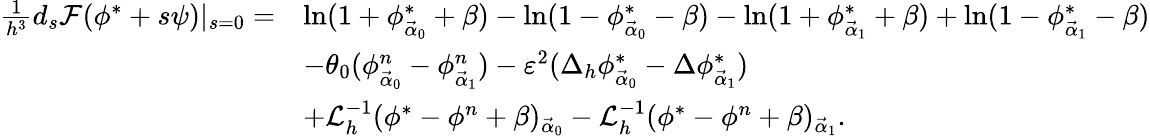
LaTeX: \begin{array}{rl}{\frac{1}{h^{3}}d_{s}\mathcal{F}(\phi^{*}+s\psi)|_{s=0}=}&{\ln(1+\phi_{\vec{\alpha}_{0}}^{*}+\beta)-\ln(1-\phi_{\vec{\alpha}_{0}}^{*}-\beta)-\ln(1+\phi_{\vec{\alpha}_{1}}^{*}+\beta)+\ln(1-\phi_{\vec{\alpha}_{1}}^{*}-\beta)}\\ &{-\theta_{0}(\phi_{\vec{\alpha}_{0}}^{n}-\phi_{\vec{\alpha}_{1}}^{n})-\varepsilon^{2}(\Delta_{h}\phi_{\vec{\alpha}_{0}}^{*}-\Delta\phi_{\vec{\alpha}_{1}}^{*})}\\ &{+\mathcal{L}_{h}^{-1}(\phi^{*}-\phi^{n}+\beta)_{\vec{\alpha}_{0}}-\mathcal{L}_{h}^{-1}(\phi^{*}-\phi^{n}+\beta)_{\vec{\alpha}_{1}}.}\end{array}